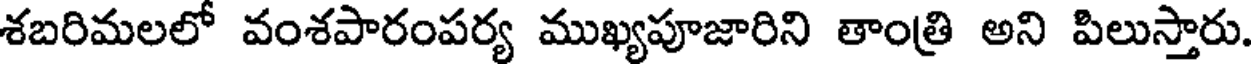
శబరిమలలో వంశపారంపర్య ముఖ్యపూజారిని తాంత్రి అని పిలుస్తారు.